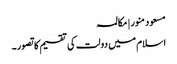
مسعود منور | مکالمہ
اسلام میں دولت کی تقسیم کا تصور۔